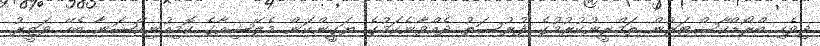
ދިވެހި ބްރޯޑްކާސްޓަރުން ތަމްރީނުކުރުމުގެ ފުރުސަތު ދެއްވާނެކަމުގެ ޔަގީންކަން މެލޭޝިއާގެ ކޮމިއުނިކޭޝަނާ ބެހޭ ވަޒީރު